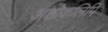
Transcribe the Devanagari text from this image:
अशोकलिपि